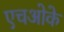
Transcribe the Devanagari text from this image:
एचओके